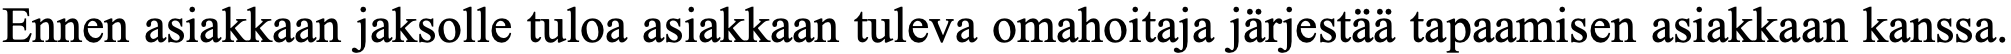
Ennen asiakkaan jaksolle tuloa asiakkaan tuleva omahoitaja järjestää tapaamisen asiakkaan kanssa.